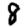
Digit: 8